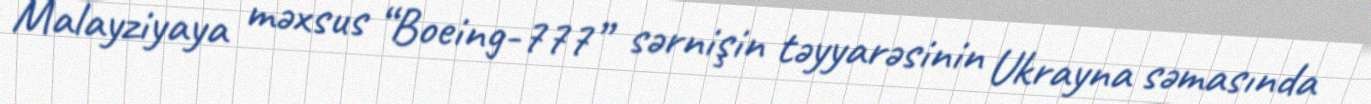
Malayziyaya məxsus “Boeing-777” sərnişin təyyarəsinin Ukrayna səmasında